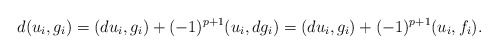
\begin{align*}d(u_{i}, g_{i}) &= (du_{i}, g_{i}) + (-1)^{p+1}(u_{i}, dg_{i}) = (du_{i}, g_{i}) + (-1)^{p+1}(u_{i}, f_{i}). \end{align*}